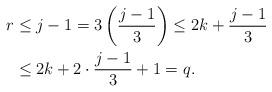
LaTeX: \begin{align*}r & \leq j - 1 = 3 \left( \frac{j-1}{3} \right) \leq 2 k + \frac{j-1}{3}\\& \leq 2 k + 2 \cdot \frac{j-1}{3} + 1 = q.\end{align*}